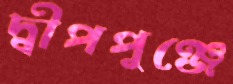
দ্বীপপুঞ্জে